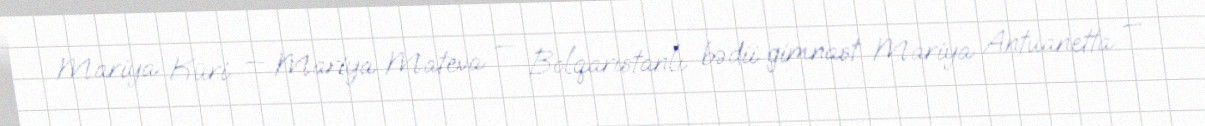
Mariya Küri — Mariya Mateva — Bolqarıstanlı bədii gimnast Mariya Antuanetta —